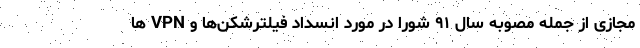
مجازی از جمله مصوبه سال ۹۱ شورا در مورد انسداد فیلترشکن‌ها و VPN ها